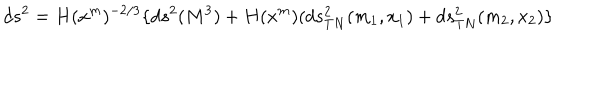
LaTeX: d s ^ { 2 } = H ( x ^ { m } ) ^ { - 2 / 3 } \lbrace d s ^ { 2 } ( M ^ { 3 } ) + H ( x ^ { m } ) ( d s _ { T N } ^ { 2 } ( m _ { 1 } , x _ { 1 } ) + d s _ { T N } ^ { 2 } ( m _ { 2 } , x _ { 2 } ) \rbrace